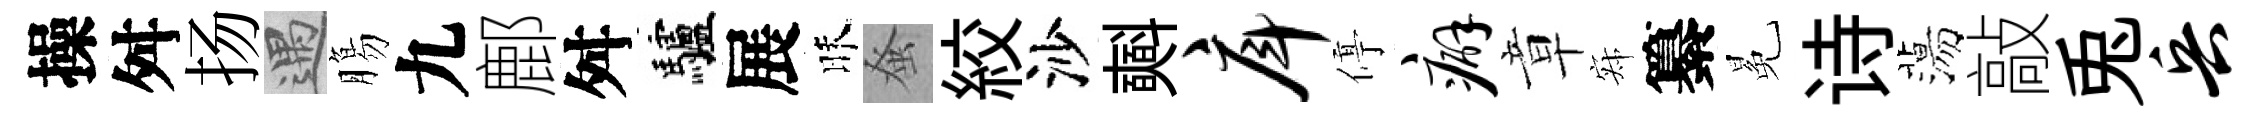
操舛扬遇膓九鄜舛驢展昧𫊫絞沙𣂏戽停癖章寂纂冕诗蕩敲兎兵